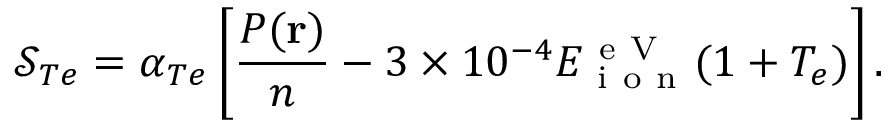
\mathcal { S } _ { T e } = \alpha _ { T e } \left[ \frac { P ( \mathbf { r } ) } { n } - 3 \times 1 0 ^ { - 4 } E _ { \mathrm { ~ i ~ o ~ n ~ } } ^ { \mathrm { ~ e ~ V ~ } } ( 1 + T _ { e } ) \right] .